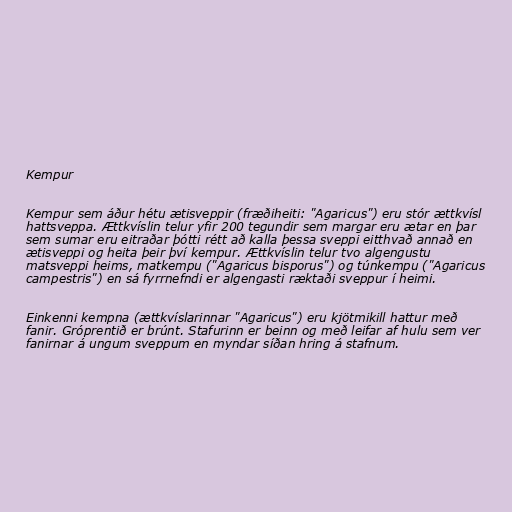
Kempur

Kempur sem áður hétu ætisveppir (fræðiheiti: "Agaricus") eru stór ættkvísl
hattsveppa. Ættkvíslin telur yfir 200 tegundir sem margar eru ætar en þar
sem sumar eru eitraðar þótti rétt að kalla þessa sveppi eitthvað annað en
ætisveppi og heita þeir því kempur. Ættkvíslin telur tvo algengustu
matsveppi heims, matkempu ("Agaricus bisporus") og túnkempu ("Agaricus
campestris") en sá fyrrnefndi er algengasti ræktaði sveppur í heimi.

Einkenni kempna (ættkvíslarinnar "Agaricus") eru kjötmikill hattur með
fanir. Gróprentið er brúnt. Stafurinn er beinn og með leifar af hulu sem ver
fanirnar á ungum sveppum en myndar síðan hring á stafnum.